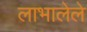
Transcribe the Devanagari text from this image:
लाभालेले